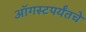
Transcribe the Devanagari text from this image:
ऑगस्टपर्यंतचे